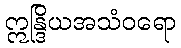
ဣန္ဒြိယအသံဝရော